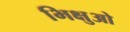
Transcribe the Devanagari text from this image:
भिक्षुओ